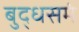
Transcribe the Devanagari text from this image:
बुद्धसमं